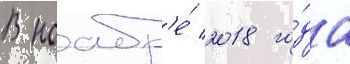
В ноабр'е́ 2018 го́да